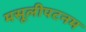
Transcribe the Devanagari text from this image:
मसूलीपटनम